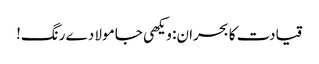
قیادت کا بحران: ویکھی جا مولا دے رنگ!